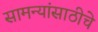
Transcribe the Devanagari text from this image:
सामन्यांसाठीचे